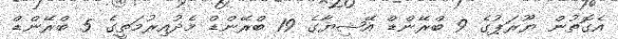
އެގޮތުން ޔޫރަޕުގެ 9 ބްރޭންޑް އޭޝިޔާގެ 19 ބްރޭންޑް މެދުއިރުމަތީގެ 5 ބްރޭންޑް